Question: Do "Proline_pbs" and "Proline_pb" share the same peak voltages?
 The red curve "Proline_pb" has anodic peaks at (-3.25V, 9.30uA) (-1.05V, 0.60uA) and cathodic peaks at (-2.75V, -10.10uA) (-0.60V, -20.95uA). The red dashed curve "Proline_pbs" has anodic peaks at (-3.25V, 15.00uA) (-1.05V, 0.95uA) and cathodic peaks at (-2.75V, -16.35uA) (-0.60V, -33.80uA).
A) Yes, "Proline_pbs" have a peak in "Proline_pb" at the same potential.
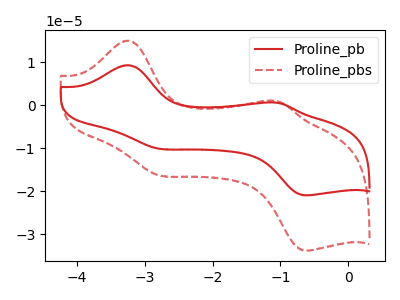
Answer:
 <answer>A) Yes, "Proline_pbs" have a peak in "Proline_pb" at the same potential.</answer>
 <eval>A</eval>